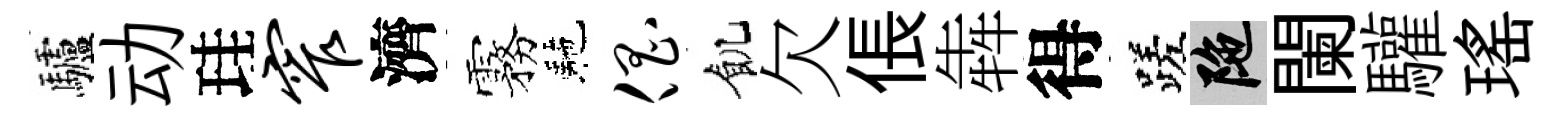
驢动珪窄濟霧駰倡飢欠倀犇得蹉陀闌驩瑤